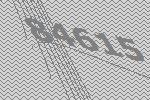
84615